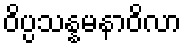
ဝိပ္ပသန္နမနာဝိလာ